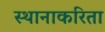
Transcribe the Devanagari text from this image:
स्थानाकरिता